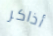
أذاكر